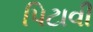
પિટાવી